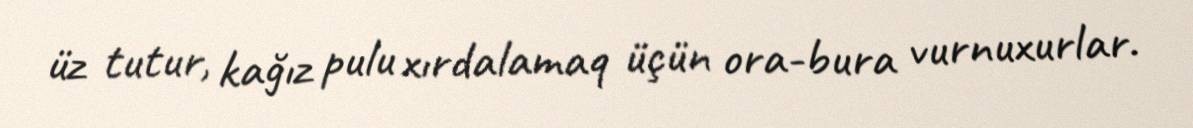
üz tutur, kağız pulu xırdalamaq üçün ora-bura vurnuxurlar.